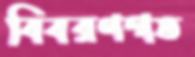
বিবরণগত